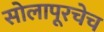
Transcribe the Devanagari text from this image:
सोलापूरचेच